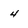
Character: 4